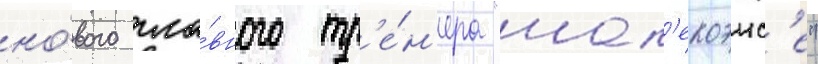
но́вого гла́вного тр'е́н'ера "шап'екоэнс'е"